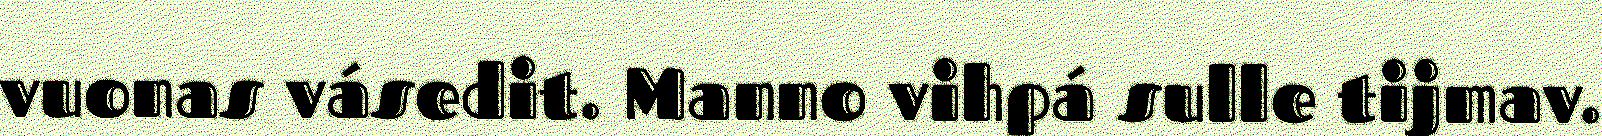
vuonas vásedit. Manno vihpá sulle tijmav.